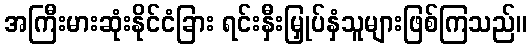
အကြီးမားဆုံးနိုင်ငံခြား ရင်းနှီးမြှုပ်နှံသူများဖြစ်ကြသည်။